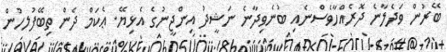
ބޭރުން ވަދެލާނެ ދޮރެއްހާވެސްނެއިި ބުނެވިދާނެ ނަޝީދު އިންޖީނުގެ އެޅިޔޭ. ޢެކަމް ދެން ތިިބޭފުލހުން